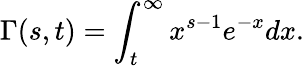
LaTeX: \Gamma(s,t)=\int_{t}^{\infty}x^{s-1}e^{-x}dx.